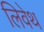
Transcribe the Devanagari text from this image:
लिवेथ